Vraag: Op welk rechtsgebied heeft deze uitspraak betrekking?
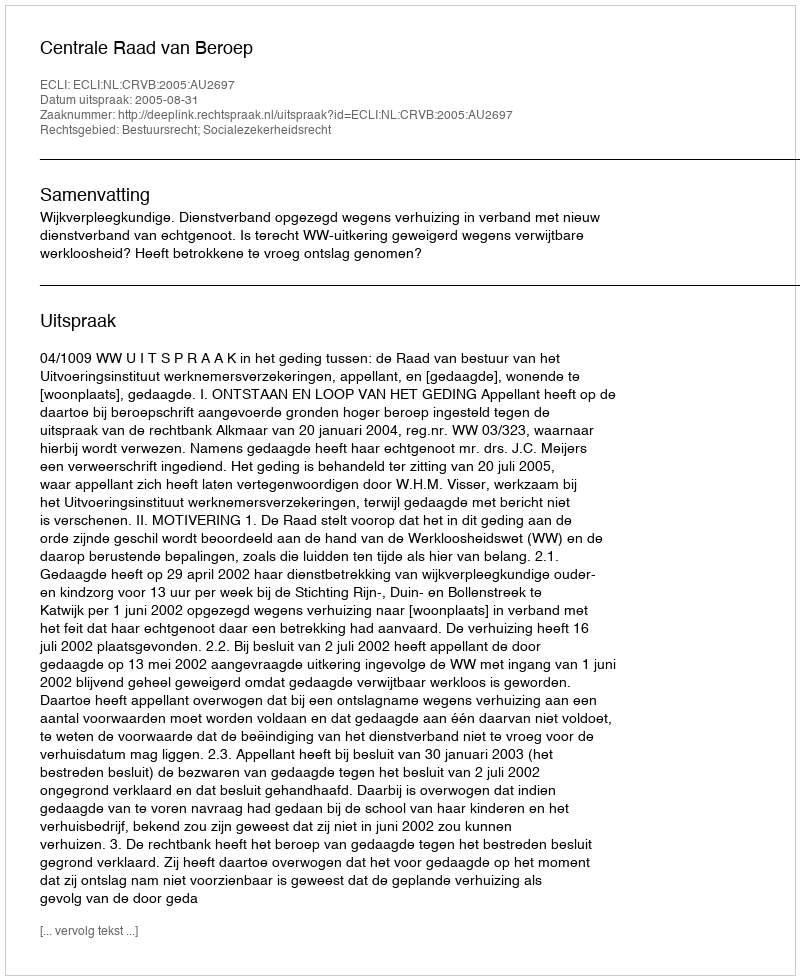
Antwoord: Bestuursrecht; Socialezekerheidsrecht